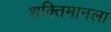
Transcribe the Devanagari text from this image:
शक्तिमानला